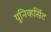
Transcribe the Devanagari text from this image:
युनिव्हर्सिट